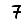
Digit: 7